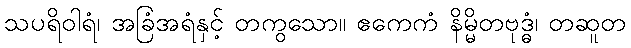
သပရိဝါရံ၊ အခြံအရံနှင့် တကွသော။ ဧကေကံ နိမ္မိတဗုဒ္ဓံ၊ တဆူတ